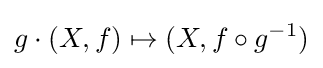
g\cdot (X,f)\mapsto (X,f\circ g^{-1})